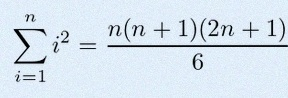
\sum_{i=1}^{n}i^2=\frac{n(n+1)(2n+1)}6